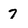
Character: 7